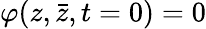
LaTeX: \varphi(z,\bar{z},t=0)=0